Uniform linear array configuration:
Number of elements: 32
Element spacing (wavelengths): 0.5
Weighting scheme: hann
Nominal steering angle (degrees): -30
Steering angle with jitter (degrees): -30.234
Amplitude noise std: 0.05
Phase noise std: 0.05

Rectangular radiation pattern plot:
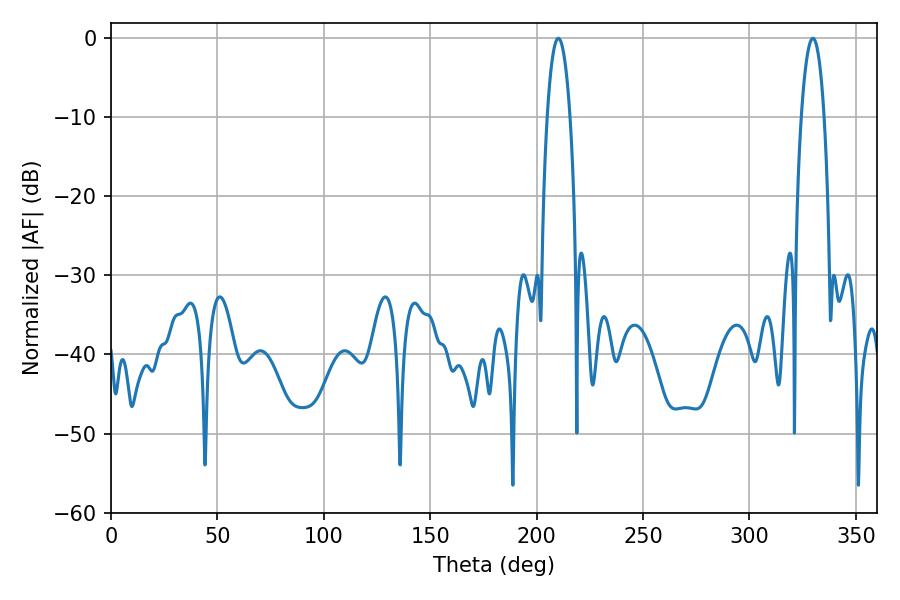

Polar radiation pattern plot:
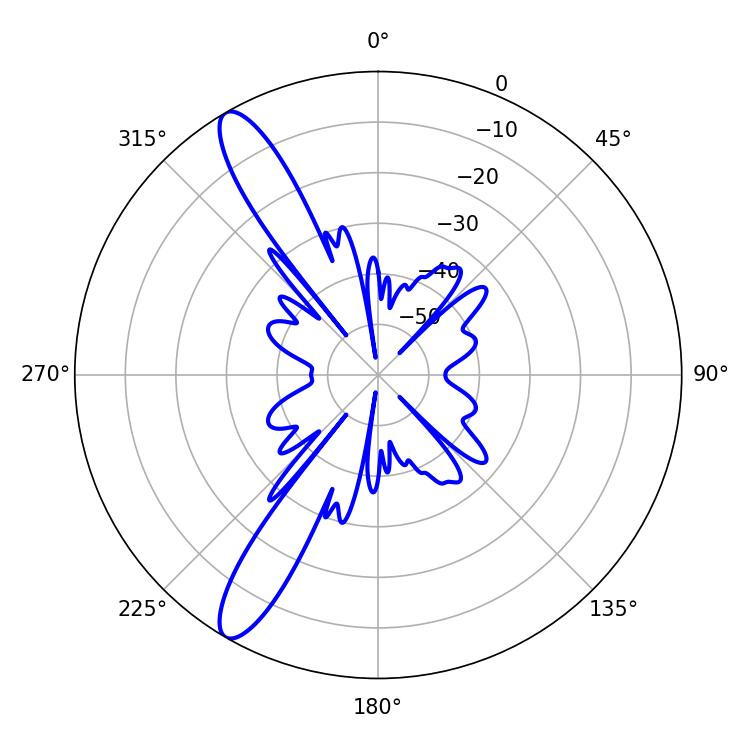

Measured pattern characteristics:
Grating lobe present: FALSE
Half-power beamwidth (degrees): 6.12
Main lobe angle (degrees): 210.24